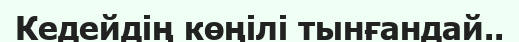
Кедейдің көңілі тынғандай..